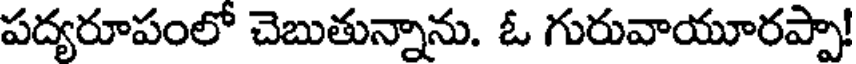
పద్యరూపంలో చెబుతున్నాను. ఓ గురువాయూరప్పా!